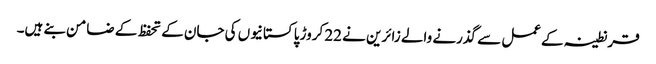
قرنطینہ کےعمل سے گذرنے والے زائرین نے 22 کروڑ پاکستانیوں کی جان کے تحفظ کے ضامن بنے ہیں۔